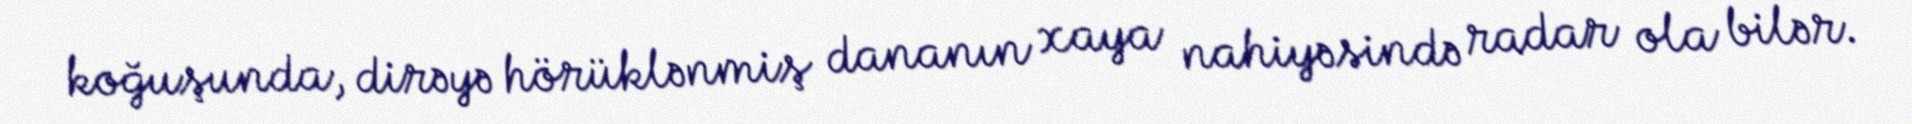
koğuşunda, dirəyə hörüklənmiş dananın xaya nahiyəsində radar ola bilər.